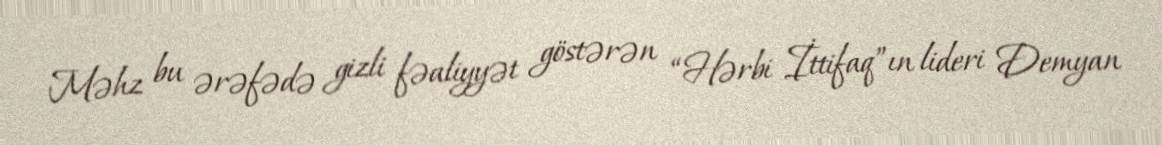
Məhz bu ərəfədə gizli fəaliyyət göstərən “Hərbi İttifaq”ın lideri Demyan